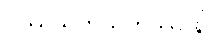
ဝဿသတသဟဿာနိ